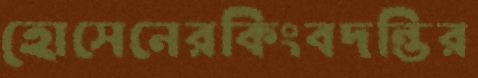
হোসেনেরকিংবদন্তির